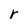
Character: r